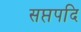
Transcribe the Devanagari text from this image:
सप्तपदि